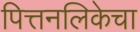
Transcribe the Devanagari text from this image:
पित्तनलिकेचा